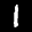
Label: 1